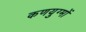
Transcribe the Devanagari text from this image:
कणयुग्मों